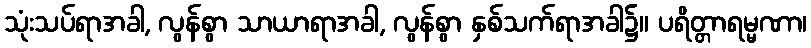
သုံးသပ်ရာအခါ, လွန်စွာ သာယာရာအခါ, လွန်စွာ နှစ်သက်ရာအခါ၌။ ပရိတ္တာရမ္မဏာ၊